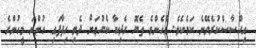
އިހްސާސްކުރެވޭނެ ކަމެކެވެ. އެހެންވެ ތެޔޮ ހެދިކާ ކެޔުމަށް ދެވި ހިފާފައި ހުންނަ މީހުންގެ